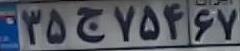
۳۵ج۷۵۴۶۷